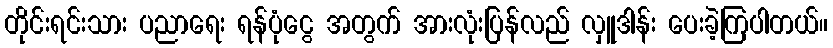
တိုင်းရင်းသား ပညာရေး ရန်ပုံငွေ အတွက် အားလုံးပြန်လည် လှူဒါန်း ပေးခဲ့ကြပါတယ်။